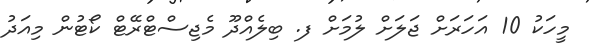
މީހަކު 10 އަހަރަށް ޖަލަށް ލުމަށް ފ. ބިލެއްދޫ މެޖިސްޓްރޭޓް ކޯޓުން މިއަދު